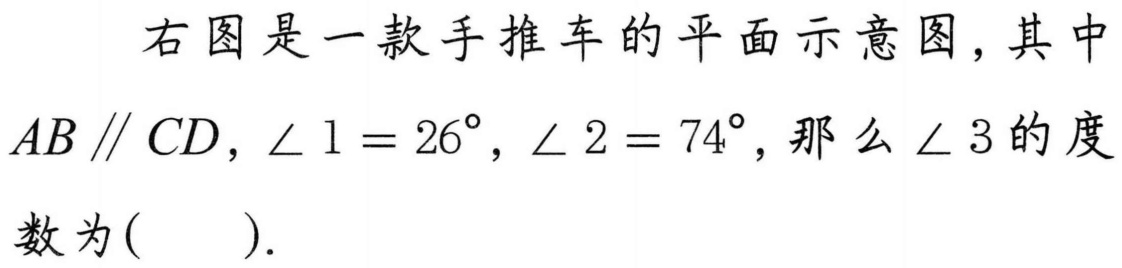
右图是一款手推车的平面示意图，其中\(AB\parallel CD\)，\(\angle 1 = 26^{\circ}\)，\(\angle 2 = 74^{\circ}\)，那么\(\angle 3\)的度数为( ).